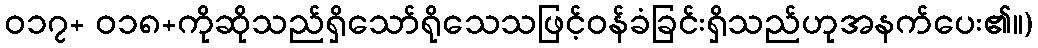
ဝ၁၇+ ဝ၁၈+ကိုဆိုသည်ရှိသော်ရိုသေသဖြင့်ဝန်ခံခြင်းရှိသည်ဟုအနက်ပေး၏။)